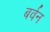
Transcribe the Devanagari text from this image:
बर्वन